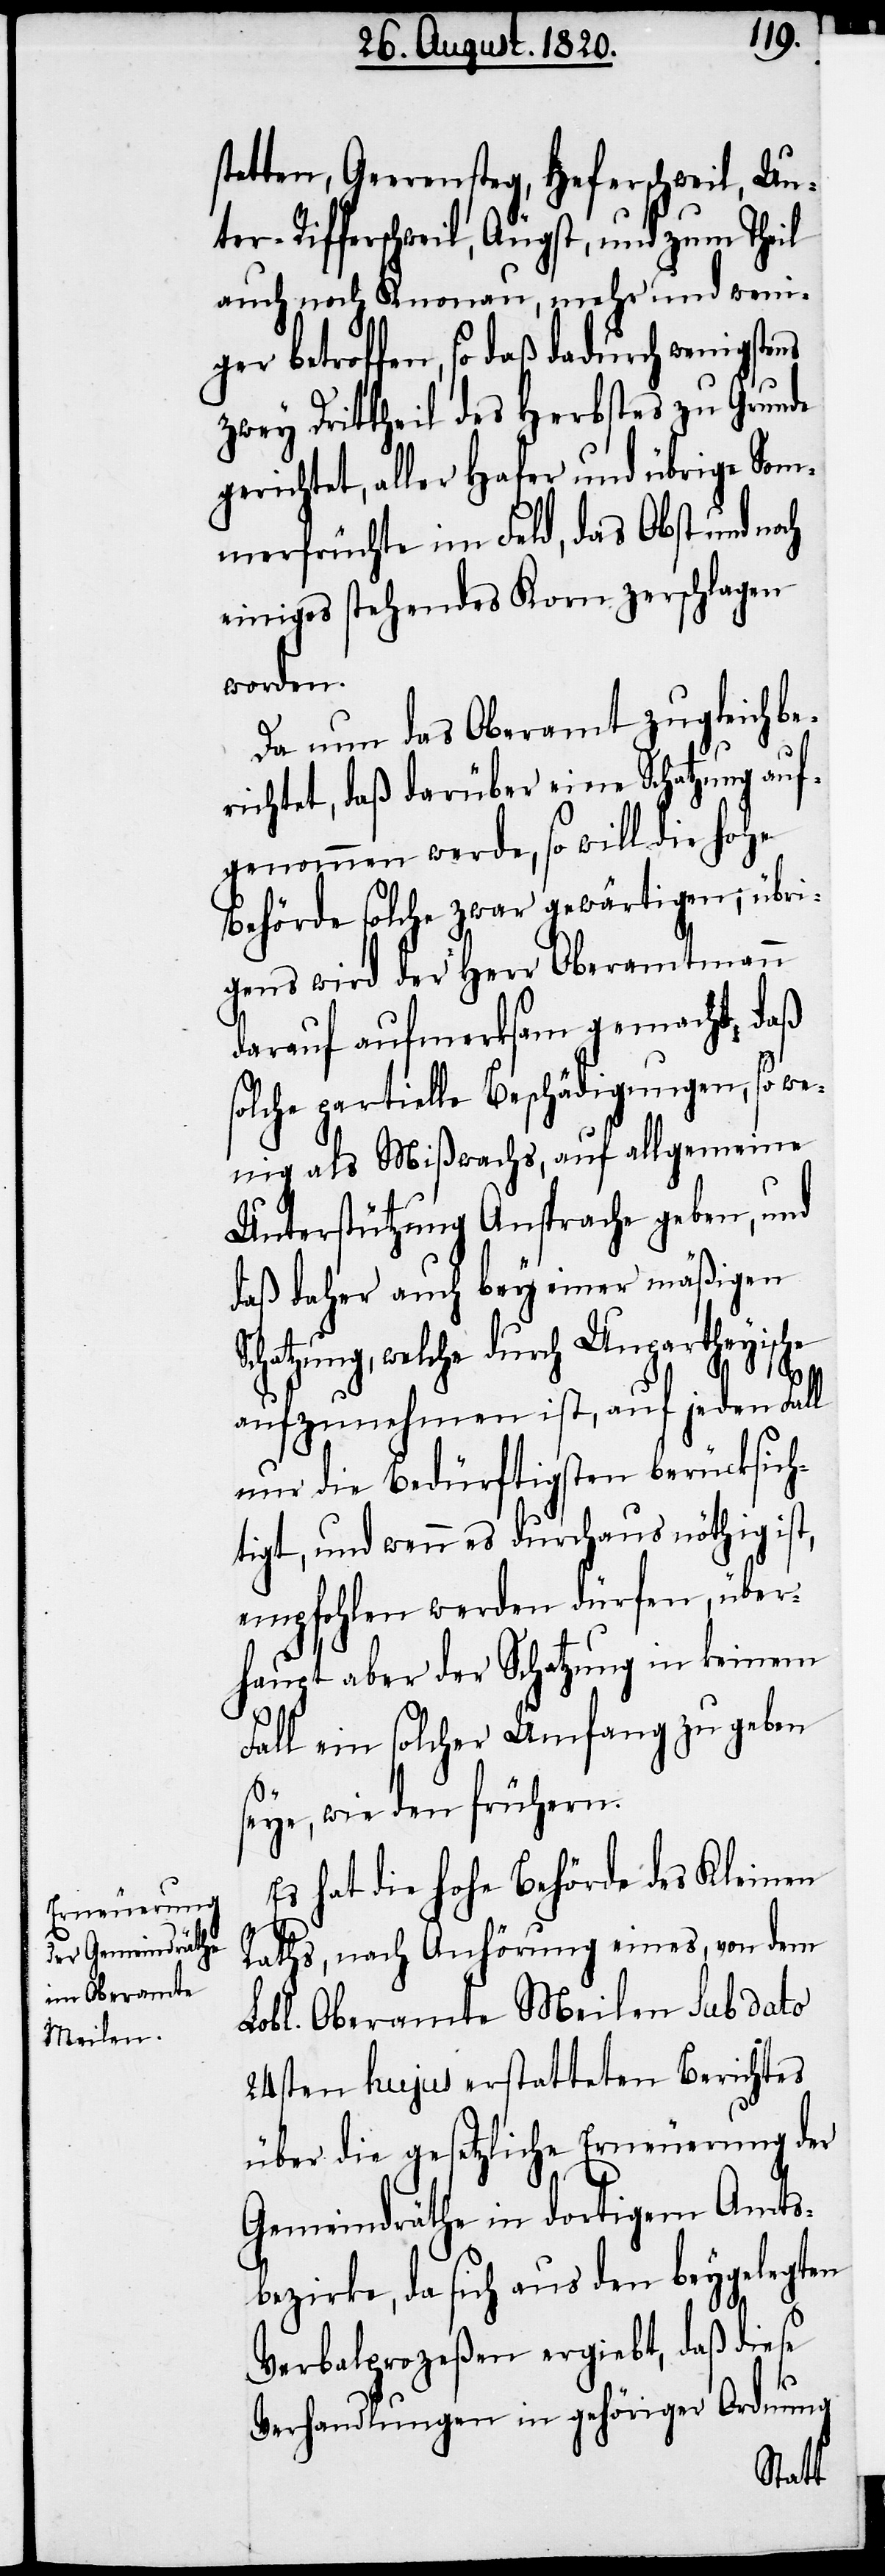
stetten, Geerensteg, Heferschweil, Un¬
ter-Richterschweil, Augst, und zum Theil
auch noch Knonau, mehr und weni¬
ger betroffen, so daß dadurch wenigstens
zwey Drittheil des Herbstes zu Grunde
gerichtet, aller Hafer und übrige Som¬
merfürchte in Feld, das Obst und noch
einiges stehendes Korn zerschlagen
worden.
Da nun das Oberamt zugleich b¬
erichtet, daß darüber eine Schatzung auf¬
genommen werde, so will die hohe
Behörde solche zwar gewärtigen; übri¬
gens wird der Herr Oberamtmann
darauf aufmerksam gemacht, daß
solche partielle Beschädigungen, so we¬
nig als Mißwachs, auf allgemeine
Unterstützung Ansprache geben, und
daß daher auch bey einer mäßigen
Schatzung, welche durch Unpartheyische
aufzunehmen ist, auf jeden Fall
nur die Bedürftigsten berücksich¬
tigt, und wenn es durchaus nöthig ist,
empfohlen werden dürfen, über¬
haupt aber der Schatzung in keinem
Fall ein solcher Umfang zu geben
seye, wie den frühern.
Es hat die hohe Behörde des Kleinen
Raths, nach Anhörung eines, von dem
Lobl. Oberamte Meilen sub dato
24sten hujus erstatteten Berichtes
über die gesetzliche Erneuerung der
Gemeindräthe in dortigem Amts¬
bezirke, da sich aus den beygelegten
Verbalprozeßen ergiebt, daß diese
Verhandlungen in gehöriger Ordnung